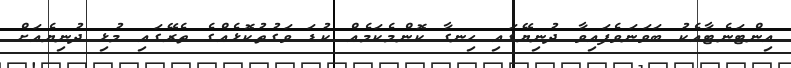
އިންޓަނެޓާއެކު ބަވަނަވެފައިވާ ދުނިޔޭގައި ހިނގާ ކޮންމެކަމެއް ކުޑަ ވަގުތުކޮޅެއްގެ ތެރޭގައި މުޅި ދުނިޔެއަށް